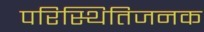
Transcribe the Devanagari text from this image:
परिस्थितिजनक